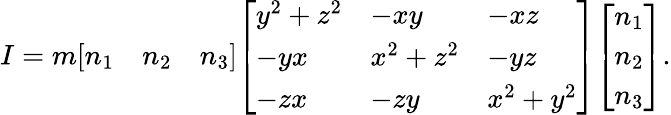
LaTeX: I=m{\left[\begin{array}{lll}{n_{1}}&{n_{2}}&{n_{3}}\end{array}\right]}{\left[\begin{array}{lll}{y^{2}+z^{2}}&{-xy}&{-xz}\\ {-yx}&{x^{2}+z^{2}}&{-yz}\\ {-zx}&{-zy}&{x^{2}+y^{2}}\end{array}\right]}{\left[\begin{array}{l}{n_{1}}\\ {n_{2}}\\ {n_{3}}\end{array}\right]}.